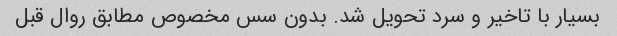
بسیار با تاخیر و سرد تحویل شد. بدون سس مخصوص مطابق روال قبل